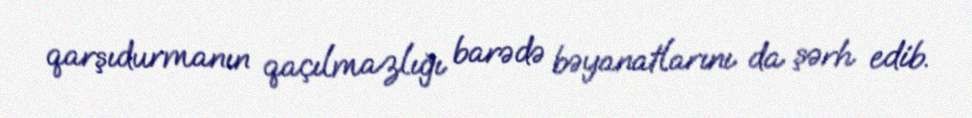
qarşıdurmanın qaçılmazlığı barədə bəyanatlarını da şərh edib.